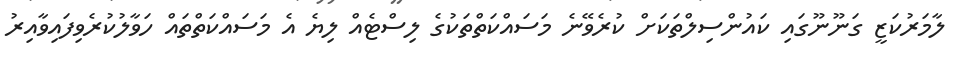
ލާމަރުކަޒީ ގަނޫނޫގައި ކައުންސިލްތަކަށް ކުރެވޭނެ މަސައްކަތްތަކުގެ ލިސްޓެއް ލިޔެ އެ މަސައްކަތްތައް ހަވާލުކުރެވިފައިވާއިރު